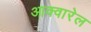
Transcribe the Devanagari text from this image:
आक्वारेल